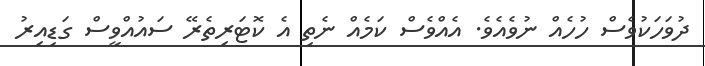
ދުވަހަކުވެސް ހުހެއް ނުވެއެވެ. އެއްވެސް ކަމެއް ނެތި އެ ކޮޓަރިތެރޭ ސައުއްވީސް ގަޑިއިރު